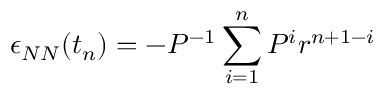
\epsilon _ { N N } ( t _ { n } ) = - P ^ { - 1 } \sum _ { i = 1 } ^ { n } P ^ { i } r ^ { n + 1 - i }